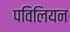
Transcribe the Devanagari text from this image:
पविलियन